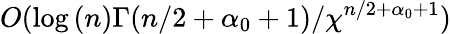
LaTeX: O(\log{(n)}\Gamma({n}/{2}+\alpha_{0}+1)/\chi^{{n}/{2}+\alpha_{0}+1})